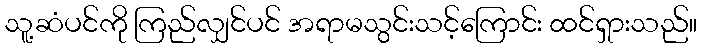
သူ့ဆံပင်ကို ကြည်လျှင်ပင် အရာမသွင်းသင့်ကြောင်း ထင်ရှားသည်။